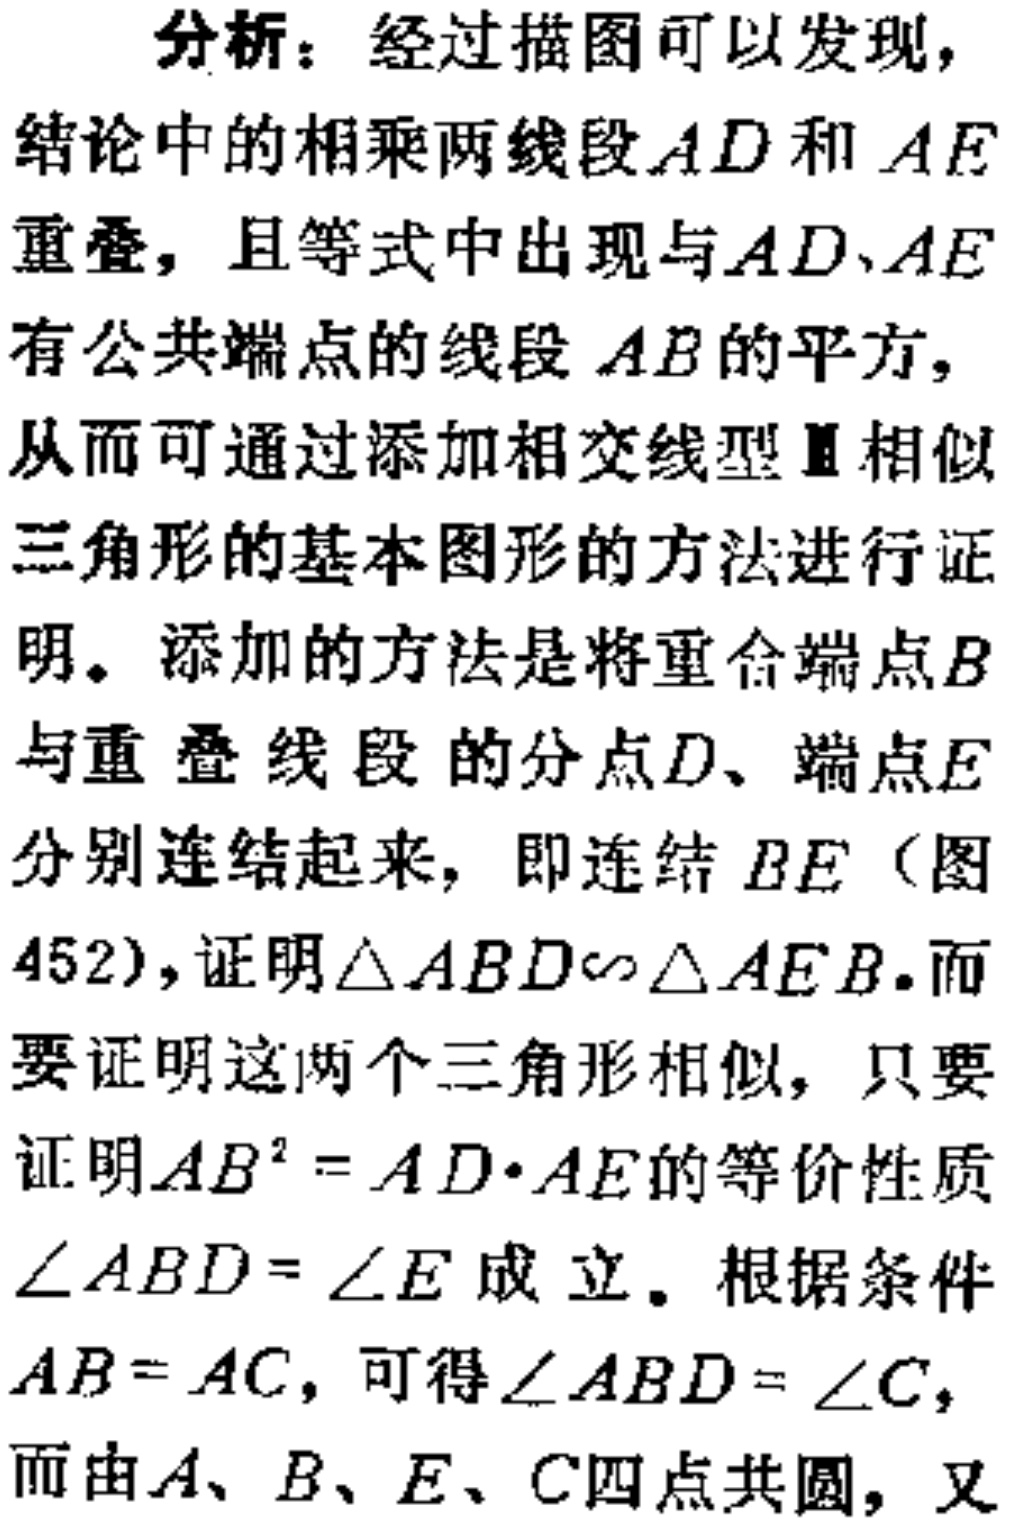
分析：经过描图可以发现，
结论中的相乘两线段\(AD\)和\(AE\)
重叠，且等式中出现与\(AD、AE\)
有公共端点的线段\(AB\)的平方，
从而可通过添加相交线型Ⅲ相似
三角形的基本图形的方法进行证
明。添加的方法是将重合端点\(B\)
与重叠线段的分点\(D\)、端点\(E\)
分别连结起来，即连结\(BE\)（图
452），证明\(\triangle ABD\sim\triangle AEB\)。而
要证明这两个三角形相似，只要
证明\(AB^{2}=AD\cdot AE\)的等价性质
\(\angle ABD = \angle E\)成立。根据条件
\(AB = AC\)，可得\(\angle ABD = \angle C\)，
而由\(A、B、E、C\)四点共圆，又